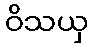
ဝိသယှ